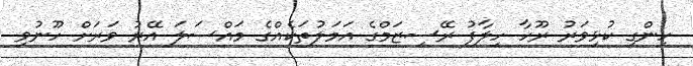
ހިންގި ކުޅިވަރު ރޫހާ ހިލާފު ރޭސިޒަމްގެ އަމަލުތަކެއްގެ މައްސަލަ އޭރު ވަރަށް ހޫނުވި